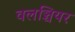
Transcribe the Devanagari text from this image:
वलञ्चियर